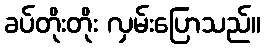
ခပ်တိုးတိုး လှမ်းပြောသည်။